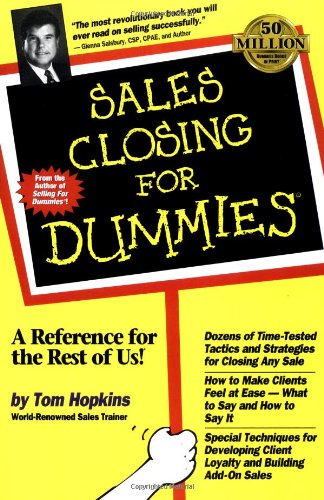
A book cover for Sales Closing For Dummies; Tom Hopkins; Business & Money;